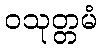
ဝသုတ္တမံ